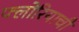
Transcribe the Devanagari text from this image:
फ्लोरियाची